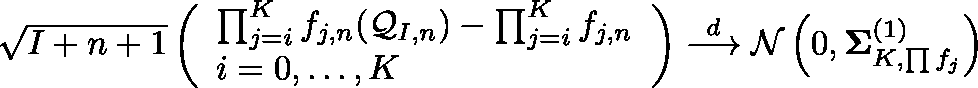
\begin{array} { r } { \sqrt { I + n + 1 } \left( \begin{array} { l } { \prod _ { j = i } ^ { K } f _ { j , n } ( \mathcal { Q } _ { I , n } ) - \prod _ { j = i } ^ { K } f _ { j , n } } \\ { i = 0 , \ldots , K } \end{array} \right) \overset { d } { \longrightarrow } \mathcal { N } \left( 0 , \mathbf { \Sigma } _ { K , \prod f _ { j } } ^ { ( 1 ) } \right) } \end{array}